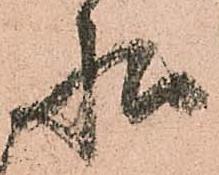
状